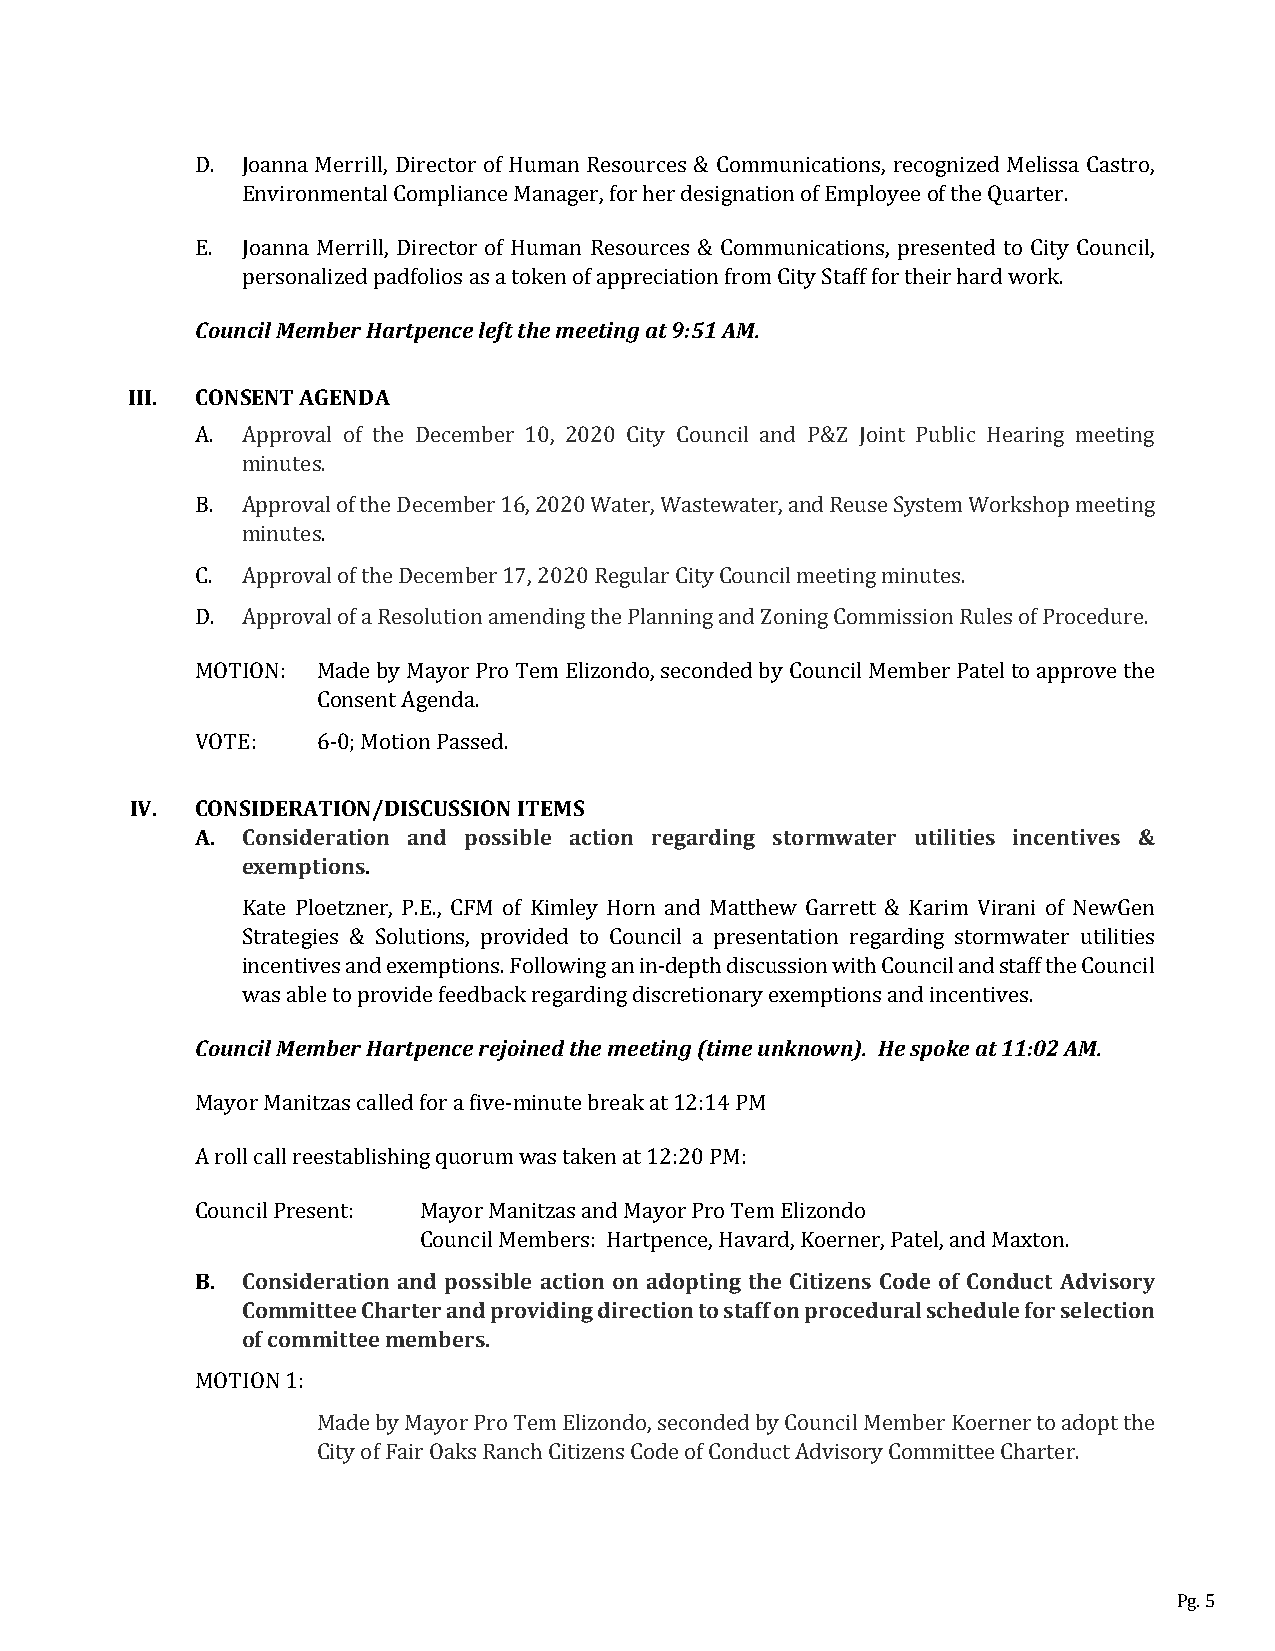
D. Joanna Merrill, Director of Human Resources & Communications, recognized Melissa Castro,
 Environmental Compliance Manager, for her designation of Employee of the Quarter.
 E. Joanna Merrill, Director of Human Resources & Communications, presented to City Council,
 Counpceilr sMoenmalbizeerd H paardtfpoelinocse a lse aft t tohkee nm oefe atipnpgr eacti a9t:i5o1n AfrMom. City Staff for their hard work.
 III. CONSENT AGENDA
 A. Approval of the December 10, 2020 City Council and P&Z Joint Public Hearing meeting
 minutes.
 B. Approval of the December 16, 2020 Water, Wastewater, and Reuse System Workshop meeting
 minutes.
 C. Approval of the December 17, 2020 Regular City Council meeting minutes.
 D. Approval of a Resolution amending the Planning and Zoning Commission Rules of Procedure.
 MOTION: Made by Mayor Pro Tem Elizondo, seconded by Council Member Patel to approve the
 Consent Agenda.
 VOTE:   6-0; Motion Passed.
 IV. CONSIDERATION/DISCUSSION ITEMS
 A. Consideration and possible action regarding stormwater utilities incentives &
 exemptions.
 Kate Ploetzner, P.E., CFM of Kimley Horn and Matthew Garrett & Karim Virani of NewGen
 Strategies & Solutions, provided to Council a presentation regarding stormwater utilities
 incentives and exemptions. Following an in-depth discussion with Council and staff the Council
 Counwcials M aebmleb teor p Hroavritdpee fneceed rbeajcoki nreedga trhdei nmg edeitsicnrget (iotinmaery u enxkenmopwtnio)n. s H aen sdp ionkceen atti v1e1s:.02 AM.
 Mayor Manitzas called for a five-minute break at 12:14 PM
 A roll call reestablishing quorum was taken at 12:20 PM:
 Council Present: Mayor Manitzas and Mayor Pro Tem Elizondo
 B. Consideration and possible action on adopting the Citizens Code of Conduct Advisory
 Council Members: Hartpence, Havard, Koerner, Patel, and Maxton.
 Committee Charter and providing direction to staff on procedural schedule for selection
 of committee members.
 MOTION 1:
 Made by Mayor Pro Tem Elizondo, seconded by Council Member Koerner to adopt the
 City of Fair Oaks Ranch Citizens Code of Conduct Advisory Committee Charter.
 Pg. 5